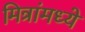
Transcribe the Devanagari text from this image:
मित्रांमध्ये